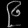
Digit: ၉